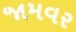
જામવર